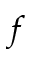
f